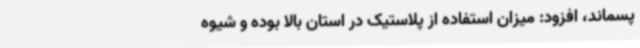
پسماند، افزود: میزان استفاده از پلاستیک در استان بالا بوده و شیوه